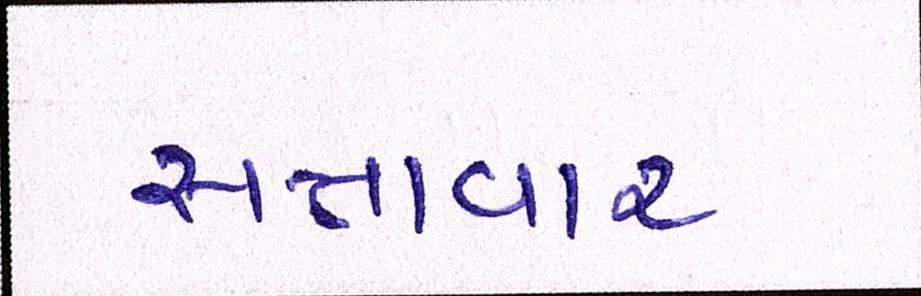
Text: સત્તાવાર